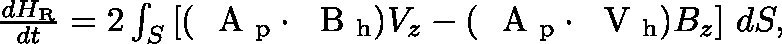
\begin{array} { r } { \frac { d H _ { \mathrm { R } } } { d t } = 2 \int _ { S } \left[ ( \mathrm { ~ \boldmath ~ A ~ } _ { \mathrm { p } } \cdot \mathrm { ~ \boldmath ~ B ~ } _ { \mathrm { h } } ) V _ { z } - ( \mathrm { ~ \boldmath ~ A ~ } _ { \mathrm { p } } \cdot \mathrm { ~ \boldmath ~ V ~ } _ { \mathrm { h } } ) B _ { z } \right] \, d S , } \end{array}